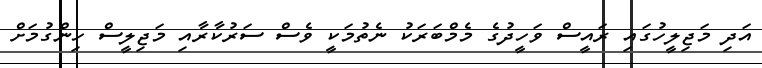
އަދި މަޖިލީހުގައި ރައީސް ވަހީދުގެ މެމްބަރަކު ނެތުމަކީ ވެސް ސަރުކާރާއި މަޖިލީސް ހިންގުމަށް